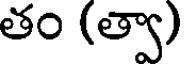
తం (త్వా)